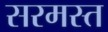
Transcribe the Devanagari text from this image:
सरमस्त